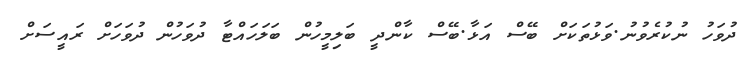
ދުވަހު ނުކުރެވުނު.ވަޅުތަކަށް ބޭސް އަޅާ.ބޭސް ކާންދީ ބަލިމީހުން ބަލަހައްޓާ ދުވަހުން ދުވަހަށް ރައީސަށް